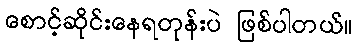
စောင့်ဆိုင်းနေရတုန်းပဲ ဖြစ်ပါတယ်။